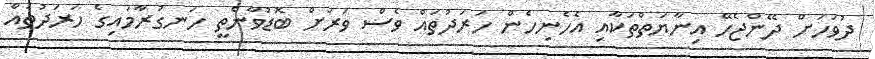
ދުވަހަށް ދޭންޖެހޭ އިނާޔަތްތަކާއި އެހެނިހެން ހަރަދުތައް ވެސް ވަރަށް ބޮޑުވާނެތީ ހަނގުރާމައިގެ ހަރަދުތައް